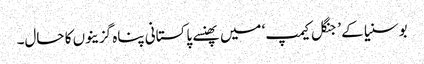
بوسنیا کے ’جنگل کیمپ‘ میں پھنسے پاکستانی پناہ گزینوں کا حال۔